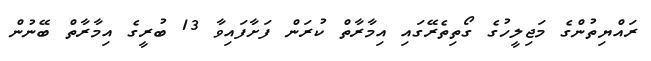
ރައްޔިތުންގެ މަޖިލީހުގެ ގޯތިތެރޭގައި އިމާރާތް ކުރަން ފަށާފައިވާ 13 ބުރީގެ އިމާރާތް ބޭނުން